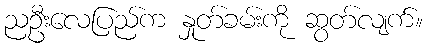
ညဦးလေပြည်က နှုတ်ခမ်းကို ဆွတ်လျက်။